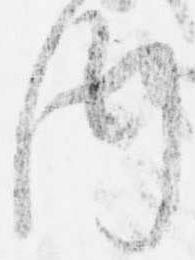
内